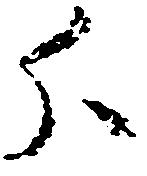
分